Civil Veterinary Dept. Bombay admin report 1893-99 - 1893-1899
Year: 1893
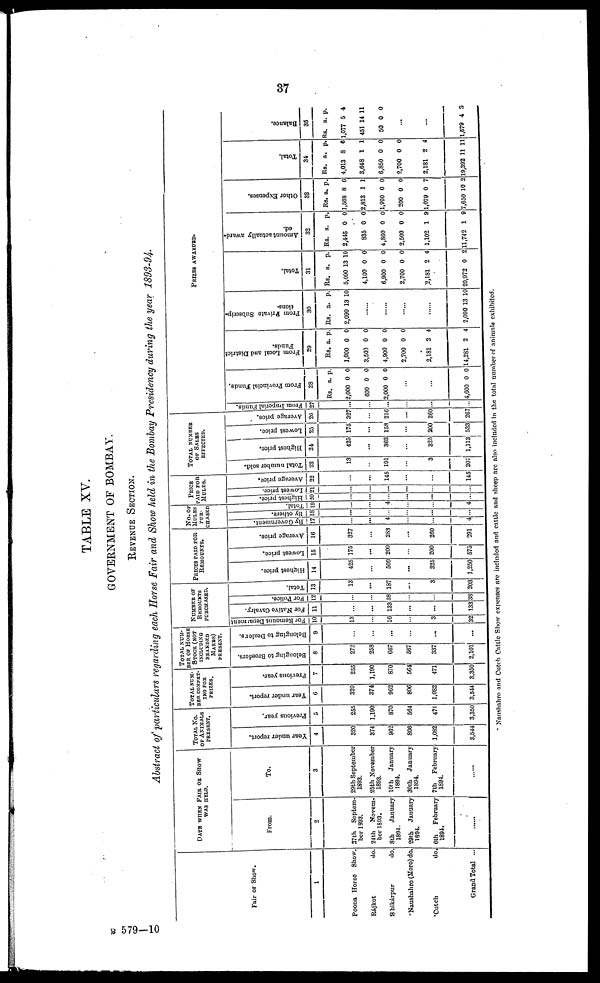
37
TABLE XV.
GOVERNMENT OF BOMBAY.
REVENUE SECTION.
Abstract of particulars regarding each Horse Fair and Show held in the Bombay Presidency during the year 1893-94.
Fair or Show.
1
Poona Horse Show.
Rájkot
do.
Shikárpur
do.
'Naushahro (Moro) do.
'Cutch
do.
Grand Total ...
DATE WHEN FAIR OR SHOW
WAS HELD.
From.
2
37th
Septem-
ber 1893.
24th
Novem-
ber 1893.
8th
January
1804.
29th
January
1894.
6th
February
1894.
......
To.
3
29th September
1893.
25th November
1893.
10th
January
1894.
30th
January
1894.
7th
February
1894.
...
TOTAL NO.
OF ANIMALS
PRESENT.
Year under report.
4
320
374
962
806
1,082
3,544
Previous year.
5
255
1,190
870
564
471
3,350
TOTAL NUM-
BER COMPET-
ING FOR
PRIZES.
Year under report.
6
320
374
962
806
1,082
3,544
Previous year.
7
255
1,190
870
564
471
3,350
TOTAL NUM-
BER OF HORSE
STOCK(NOT
INCLUDING
BRANDED
MARES)
PRESENT.
Belonging to Breeders.
8
272
258
667
567
337
2,101
Belonging to Dealers.
9
...
...
...
...
...
...
NUMBER OF
REMOUNTS
PURCHASED.
For Remount Department
10
13
...
16
...
3
32
For Native Cavalry.
11
...
...
133
...
...
133
For Police.
12
...
...
38
...
...
38
Total.
13
13
...
187
...
3
203
PRICES PAID FOR
REMOUNTS.
Highest price.
14
425
...
500
...
325
1,250
Lowest price.
15
175
...
200
...
200
575
Average price.
16
327
...
283
...
260
291
NO. OF
MULES
PUR-
CHASED
By Government.
17
...
...
4
...
...
4
others.
18
...
...
...
...
...
Total.
10
...
...
4
...
4
PRICE
PAID FOR
MULES.
Highest price.
20
...
...
...
...
...
Lowest price.
21
...
...
...
...
...
Average price.
22
...
...
145
...
...
145
TOTAL NUMBER
OF SALES
EFFECTED.
Total number sold.
23
13
...
191
...
3
207
Highest price.
24
425
...
363
...
325
1,113
Lowest price.
25
175
...
158
...
200
533
Average price.
26
327
...
216
...
260
267
PRIZES AWARDED.
From Imperial Funds.
27
...
...
...
...
...
...
Fr o m Provincial Funds.
28
Rs.
2,000
600
2,000
a.
0
0
0
p.
0
0
0
...
...
4,600 0 0
From Local and District
Funds.
29
Rs.
1,000
3,500
4,900
2,700
2,181
14,281
a.
0
0
0
0
2
2
p.
0
0
0
0
4
4
From Private Subscrip-
tions.
30
Rs.
2,090
a.
13
p.
10
...
...
...
...
2,090 13 10
Total.
31
Rs.
5,090
4,100
6,900
2,700
2,181
20,972
a.
13
0
0
0
2
0
p.
10
0
0
0
4
2
Amo u n t actually award-
ed.
32
Rs.
2,445
835
4,860
2,500
1,102
11,742
a.
0
0
0
0
1
1
p.
0
0
0
0
9
9
Other Expenses.
33
Rs.
1,568
2,813
1,900
200
1,079
7,650
a.
8
1
0
0
0
10
p.
6
1
0
0
7
2
Total.
34
Rs.
4,013
3,648
6,850
2,700
2,181
19,392
a.
8
1
0
0
2
11
p.
6
1
0
0
4
11
Balance.
35
Rs.
1,077
451
50
a.
5
14
0
p.
4
11
0
...
.
..
1,579 4 3
Naushahro and Cutch Cattle Show expenses are included and cattle and sheep are also included in the total number of animals exhibited.
B 579-10